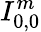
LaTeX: I_{0,0}^{m}